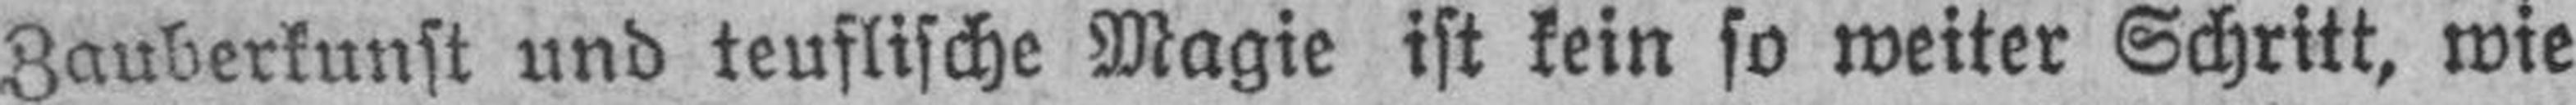
Zauberkunst und teuflische Magie ist kein so weiter Schritt, wie